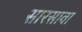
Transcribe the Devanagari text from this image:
सारसावा